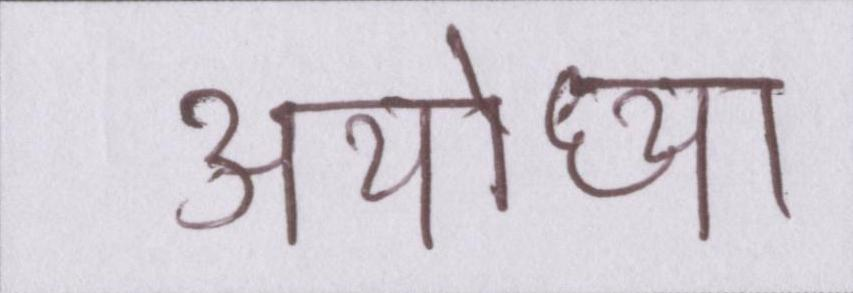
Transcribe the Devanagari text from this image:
अयोध्या